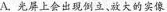
A.光屏上会出现倒立、放大的实像